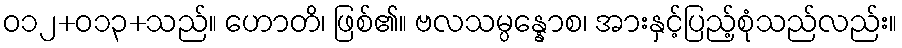
ဝ၁၂+၀၁၃+သည်။ ဟောတိ၊ ဖြစ်၏။ ဗလသမ္ပန္နောစ၊ အားနှင့်ပြည့်စုံသည်လည်း။